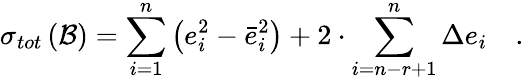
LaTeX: \sigma_{tot}\left({\cal B}\right)=\sum_{i=1}^{n}\left(e_{i}^{2}-\bar{e}_{i}^{2}\right)+2\cdot\sum_{i=n-r+1}^{n}\Delta e_{i}\quad.